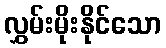
လွှမ်းမိုးနိုင်သော